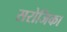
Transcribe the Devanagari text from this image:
सरोजिका